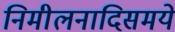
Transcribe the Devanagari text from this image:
निमीलनादिसमये